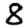
Digit: 8